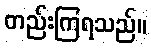
တည်းကြရသည်။